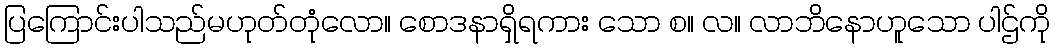
ပြကြောင်းပါသည်မဟုတ်တုံလော။ စောဒနာရှိရကား သော စ။ လ။ လာဘိနောဟူသော ပါဌ်ကို